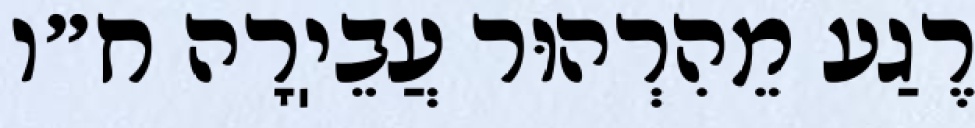
רֶגַע מֵהִרְהוּר עֲבֵיֽרָה ח״ו